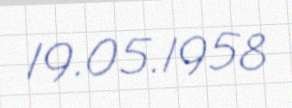
19.05.1958